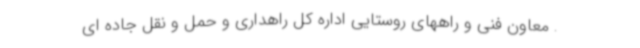
. معاون فنی و راههای روستایی اداره کل راهداری و حمل و نقل جاده ای